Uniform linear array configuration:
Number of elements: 32
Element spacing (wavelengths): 0.25
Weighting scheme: uniform
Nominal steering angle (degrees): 15
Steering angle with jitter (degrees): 15.488
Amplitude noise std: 0.05
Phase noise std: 0.05

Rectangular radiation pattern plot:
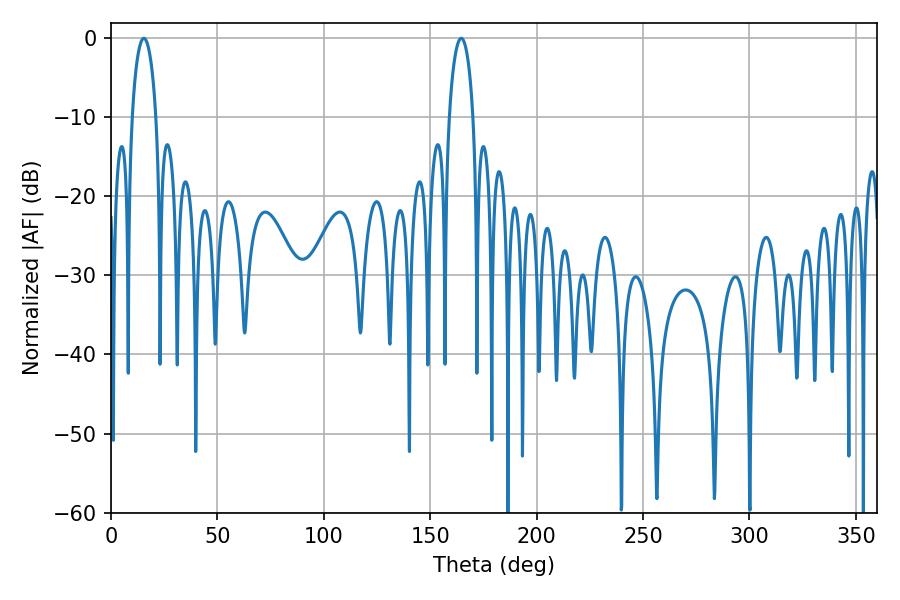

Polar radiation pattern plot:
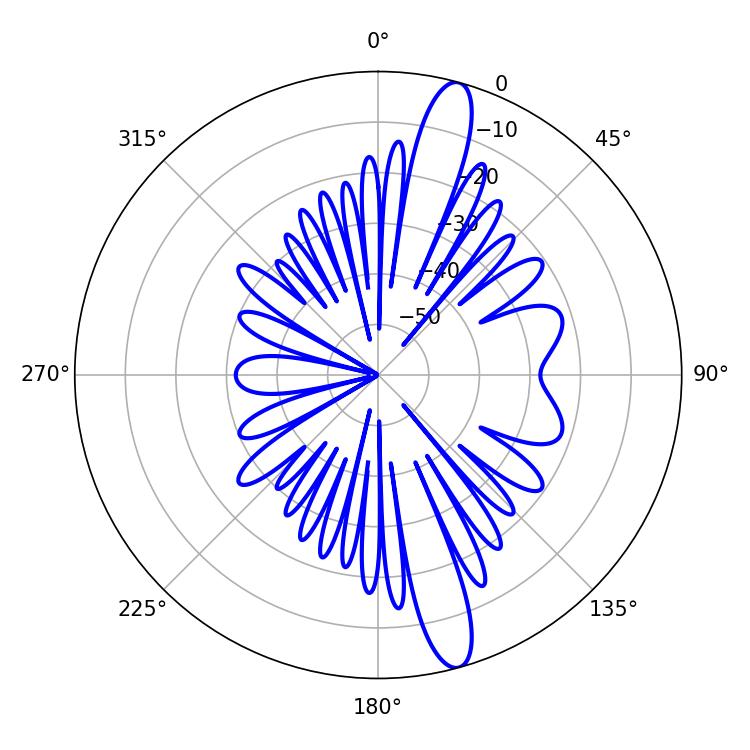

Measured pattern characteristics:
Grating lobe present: FALSE
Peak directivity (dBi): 14.494
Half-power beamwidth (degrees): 6.48
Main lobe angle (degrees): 15.48